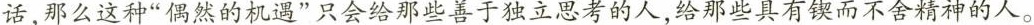
话，那么这种”偶然的机遇”只会给那些善于独立思考的人，给那些具有锲而不舍精神的人。